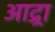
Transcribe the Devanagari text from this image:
आद्र्रा